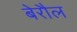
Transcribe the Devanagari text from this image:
बेरौल